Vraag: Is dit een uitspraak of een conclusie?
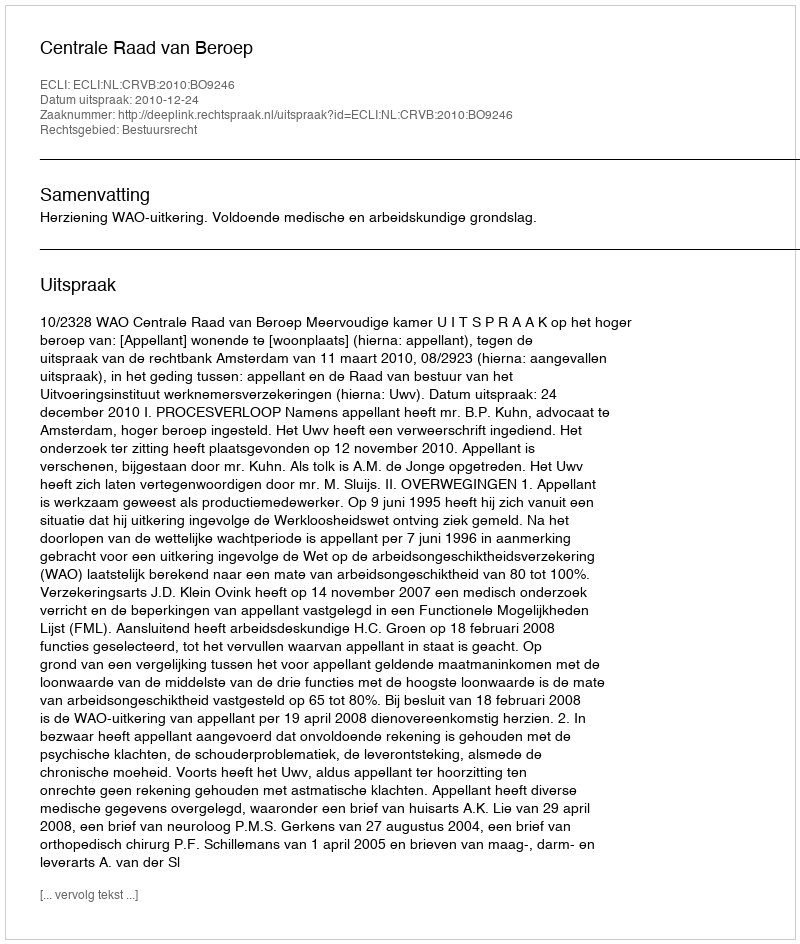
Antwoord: Uitspraak